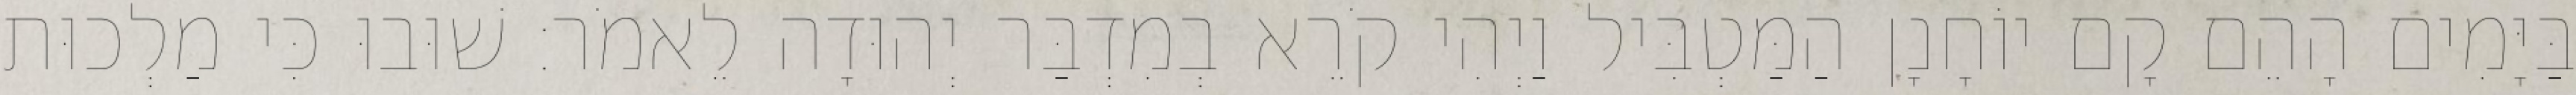
בַּיָּמִים הָהֵם קָם יוֹחָנָן הַמַּטְבִּיל וַיְהִי קֹרֵא בְמִדְבַּר יְהוּדָה לֵאמֹר׃ שׁוּבוּ כִּי מַלְכוּת